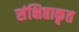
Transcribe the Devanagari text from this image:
संक्षिप्ताकृत